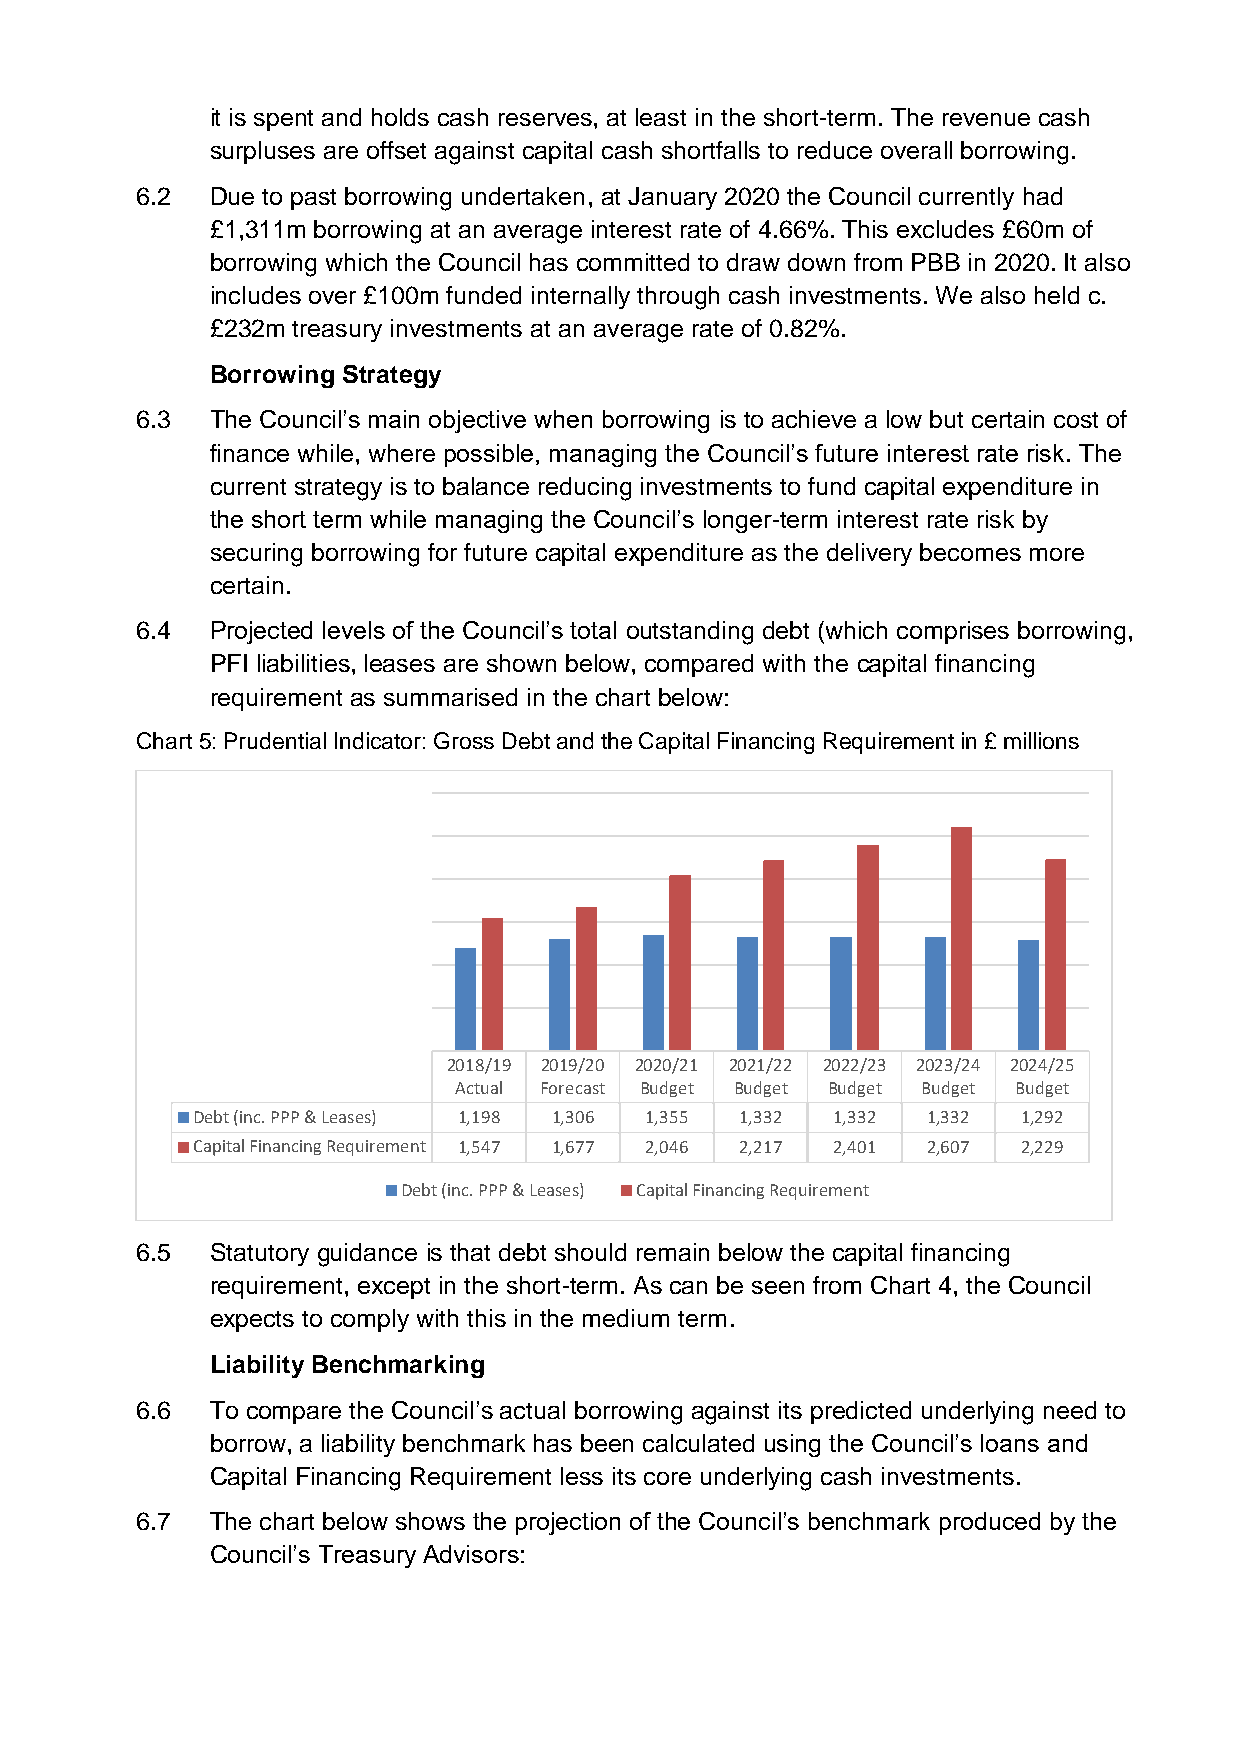
it is spent and holds cash reserves, at least in the short-term. The revenue cash
 surpluses are offset against capital cash shortfalls to reduce overall borrowing.
 6.2  Due to past borrowing undertaken, at January 2020 the Council currently had
 £1,311m borrowing at an average interest rate of 4.66%. This excludes £60m of
 borrowing which the Council has committed to draw down from PBB in 2020. It also
 includes over £100m funded internally through cash investments. We also held c.
 £232m treasury investments at an average rate of 0.82%.
 Borrowing Strategy
 6.3  The Council’s main objective when borrowing is to achieve a low but certain cost of
 finance while, where possible, managing the Council’s future interest rate risk. The
 current strategy is to balance reducing investments to fund capital expenditure in
 the short term while managing the Council’s longer-term interest rate risk by
 securing borrowing for future capital expenditure as the delivery becomes more
 certain.
 6.4  Projected levels of the Council’s total outstanding debt (which comprises borrowing,
 PFI liabilities, leases are shown below, compared with the capital financing
 requirement as summarised in the chart below:
 Chart 5: Prudential Indicator: Gross Debt and the Capital Financing Requirement in £ millions
 2018/19 2019/20 2020/21 2021/22 2022/23 2023/24 2024/25
 Actual Forecast Budget Budget Budget Budget Budget
 Debt (inc. PPP & Leases) 1,198 1,306 1,355 1,332 1,332 1,332 1,292
 Capital Financing Requirement 1,547 1,677 2,046 2,217 2,401 2,607 2,229
 Debt (inc. PPP & Leases) Capital Financing Requirement
 6.5  Statutory guidance is that debt should remain below the capital financing
 requirement, except in the short-term. As can be seen from Chart 4, the Council
 expects to comply with this in the medium term.
 Liability Benchmarking
 6.6  To compare the Council’s actual borrowing against its predicted underlying need to
 borrow, a liability benchmark has been calculated using the Council’s loans and
 Capital Financing Requirement less its core underlying cash investments.
 6.7  The chart below shows the projection of the Council’s benchmark produced by the
 Council’s Treasury Advisors: